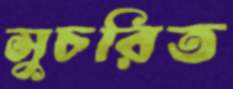
সুচরিত